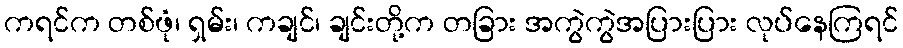
ကရင်က တစ်ဖုံ၊ ရှမ်း၊ ကချင်၊ ချင်းတို့က တခြား အကွဲကွဲအပြားပြား လုပ်နေကြရင်